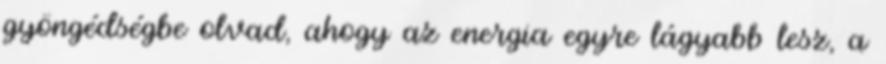
gyöngédségbe olvad, ahogy az energia egyre lágyabb lesz, a